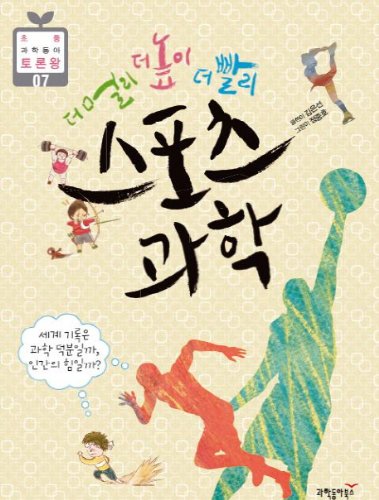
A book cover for More far higher faster sports science (Korean edition); Sports & Outdoors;